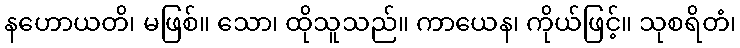
နဟောယတိ၊ မဖြစ်။ သော၊ ထိုသူသည်။ ကာယေန၊ ကိုယ်ဖြင့်။ သုစရိတံ၊